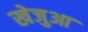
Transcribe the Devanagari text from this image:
खेजुआ